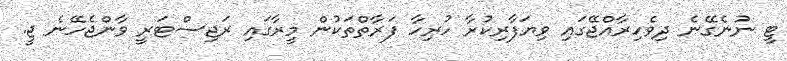
ޓީ ނުނެގޭނެ ދިވެހިރާއްޖޭގައި ވިޔަފާރިކުރާ ހުރިހާ ފަރާތްތަކުން މީރާގައި ރަޖިސްޓަރީ ވާންޖެހޭނެ ޖީ.